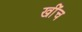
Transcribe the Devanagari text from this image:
खीँच